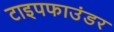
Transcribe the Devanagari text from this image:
टाइपफाउंडर